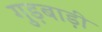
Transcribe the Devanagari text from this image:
गुड़बाड़ी